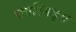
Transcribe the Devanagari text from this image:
प्लास्मिड्स